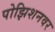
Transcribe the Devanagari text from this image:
पोझिशनवर